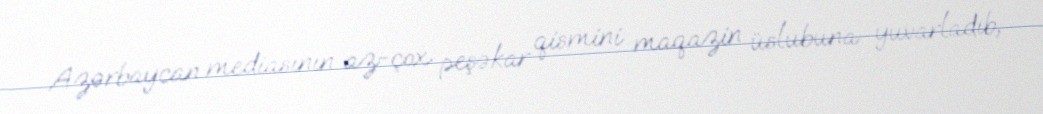
Azərbaycan mediasının az-çox peşəkar qismini maqazin üslubuna yuvarladıb,